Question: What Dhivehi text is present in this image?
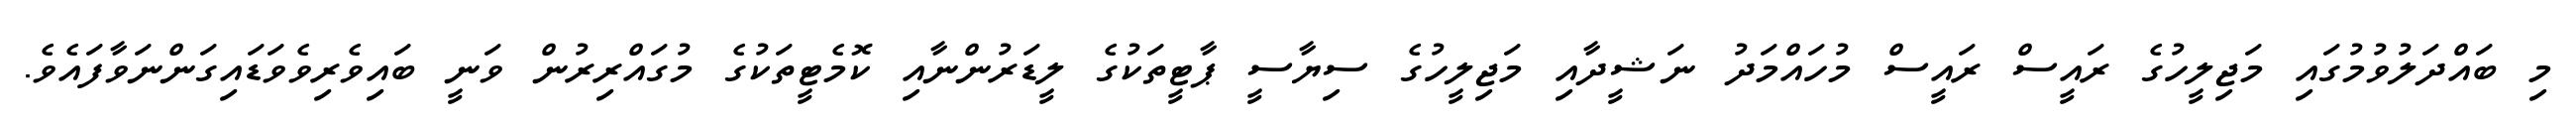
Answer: މި ބައްދަލުވުމުގައި މަޖިލީހުގެ ރައީސް ރައީސް މުހައްމަދު ނަޝީދާއި މަޖިލީހުގެ ސިޔާސީ ޕާޓީތަކުގެ ލީޑަރުންނާއި ކޮމެޓީތަކުގެ މުގައްރިރުން ވަނީ ބައިވެރިވެވަޑައިގަންނަވާފައެވެ.